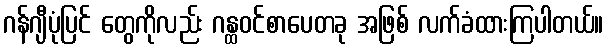
ဂန်ဂျီပုံပြင် တွေကိုလည်း ဂန္ထဝင်စာပေတခု အဖြစ် လက်ခံထားကြပါတယ်။